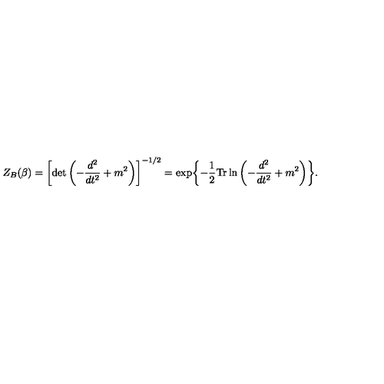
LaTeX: Z _ { B } ( \beta ) = \left[ \det \left( - { \frac { d ^ { 2 } } { d t ^ { 2 } } } + m ^ { 2 } \right) \right] ^ { - 1 / 2 } = \exp \biggl \{ - { \frac { 1 } { 2 } } \mathrm { T r } \ln \left( - { \frac { d ^ { 2 } } { d t ^ { 2 } } } + m ^ { 2 } \right) \biggr \} .